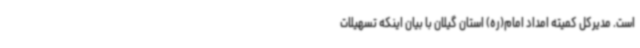
است. مدیرکل کمیته امداد امام(ره) استان گیلان با بیان اینکه تسهیلات